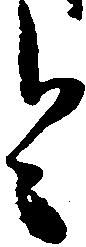
令